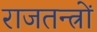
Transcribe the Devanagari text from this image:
राजतन्त्रों